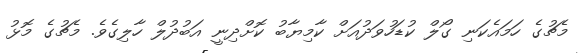
މެޗުގެ ހަމައެކަނި ގޯލް ކުޑަހުވަދުއަށް ކާމިޔާބު ކޮށްދިނީ އަބުދުލް ހާލިގެވެ. މެޗުގެ މޮޅު